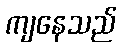
ကျနေသည်